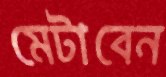
মেটাবেন